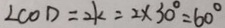
\angle C O D = 2 k = 2 \times 3 0 ^ { \circ } = 6 0 ^ { \circ }